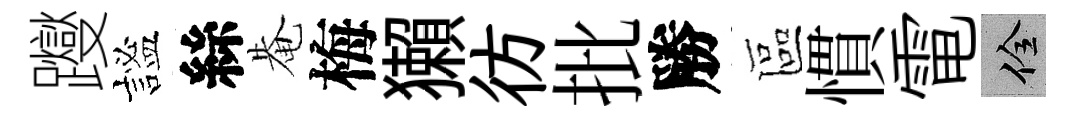
躞謐絲𤲅梅獺彷批勝區慣電佺